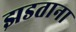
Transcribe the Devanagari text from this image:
झडताना